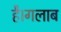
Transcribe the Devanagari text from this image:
है।गलाब